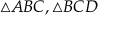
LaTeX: \triangle A B C , \triangle B C D